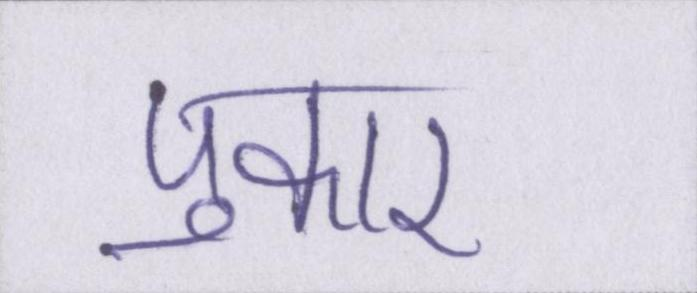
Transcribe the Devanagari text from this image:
पुकार